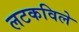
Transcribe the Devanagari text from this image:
लटकविले